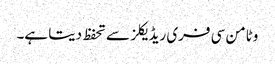
وٹامن سی فری ریڈیکلز سے تحفظ دیتا ہے۔